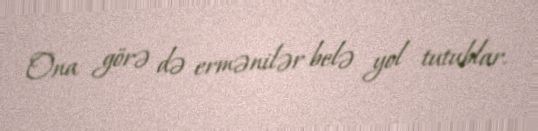
Ona görə də ermənilər belə yol tutublar.